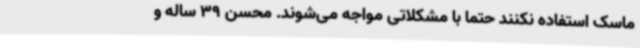
ماسک استفاده نکنند حتماً با مشکلاتی مواجه می‌شوند. محسن 39 ساله و